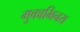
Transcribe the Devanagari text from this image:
मुकाभिनय